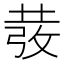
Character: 𭣵